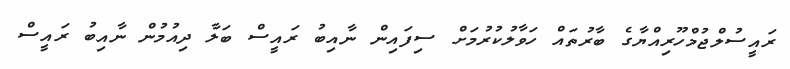
ރައީސުލްޖުމްހޫރިއްޔާގެ ބާރުތައް ހަވާލުކުރުމަށް ސިފައިން ނާއިބު ރައީސް ބަލާ ދިއުމުން ނާއިބު ރައީސް